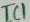
Text: IC1